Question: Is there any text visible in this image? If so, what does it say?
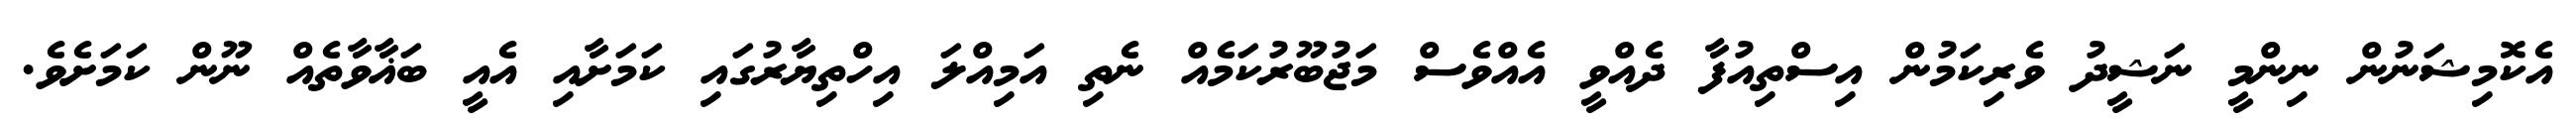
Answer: އެކޮމިޝަނުން ނިންމީ ނަޝީދު ވެރިކަމުން އިސްތިއުފާ ދެއްވީ އެއްވެސް މަޖުބޫރުކަމެއް ނެތި އަމިއްލަ އިހްތިޔާރުގައި ކަމަށާއި އެއީ ބަޣާވާތެއް ނޫން ކަމަށެވެ.